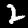
Digit: 2